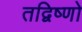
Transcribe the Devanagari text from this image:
तद्विष्णो